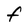
Character: F